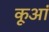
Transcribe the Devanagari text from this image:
कूआं